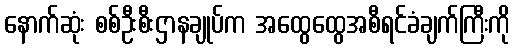
နောက်ဆုံး စစ်ဦးစီးဌာနချုပ်က အထွေထွေအစီရင်ခံချက်ကြီးကို